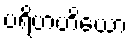
ပရိဗာဟိယော